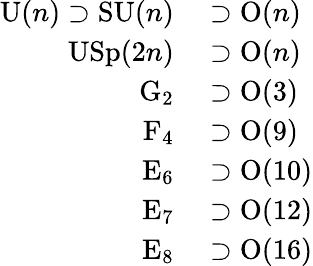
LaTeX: \begin{array}{rl}{\mathrm{U}(n)\supset\mathrm{SU}(n)}&{{}\supset\mathrm{O}(n)}\\ {\mathrm{USp}(2n)}&{{}\supset\mathrm{O}(n)}\\ {\mathrm{G}_{2}}&{{}\supset\mathrm{O}(3)}\\ {\mathrm{F}_{4}}&{{}\supset\mathrm{O}(9)}\\ {\mathrm{E}_{6}}&{{}\supset\mathrm{O}(10)}\\ {\mathrm{E}_{7}}&{{}\supset\mathrm{O}(12)}\\ {\mathrm{E}_{8}}&{{}\supset\mathrm{O}(16)}\end{array}